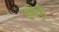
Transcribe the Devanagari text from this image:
ख्मेरों